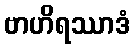
ဗာဟိရဿာဒံ